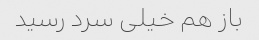
باز هم خیلی سرد رسید